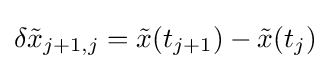
\delta {\tilde {x}}_{j+1,j}={\tilde {x}}(t_{j+1})-{\tilde {x}}(t_{j})